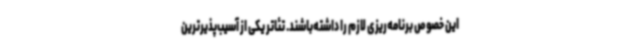
این خصوص برنامه‌ریزی لازم را داشته‌باشند. تئاتر یکی از آسیب‌پذیرترین